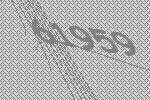
61959